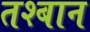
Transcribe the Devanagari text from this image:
तश्बान